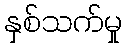
နှစ်သက်မှု